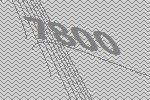
7800